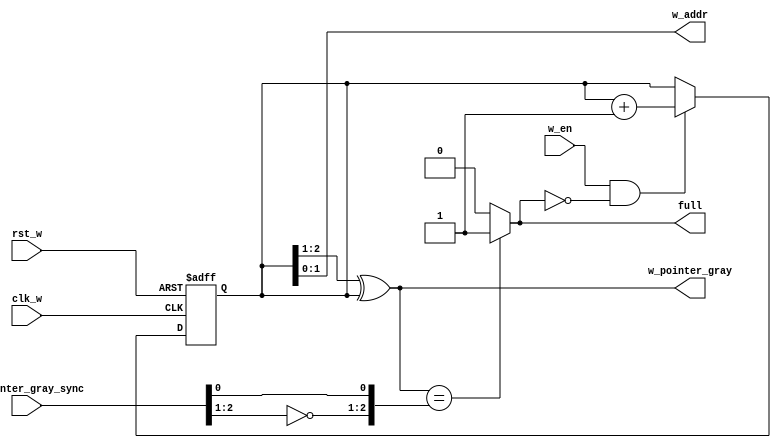
// -----------------------------------------------------------------------------
// Copyright (c) 2014-2022 All rights reserved
// -----------------------------------------------------------------------------
// Create : 2022-03-04 10:32:09
// Revise : 2022-03-04 15:25:14
// Editor : sublime text4, tab size (4)
// -----------------------------------------------------------------------------
module write_full #(
	//-----------------paramter-------------------------------
	parameter 			FIFO_addr_size 		=		2		

	)(
		//==================	port define ===========================

	input										clk_w					,
	input										rst_w					,
	input										w_en 					,
	
	input		[FIFO_addr_size:0]				r_pointer_gray_sync		,
	output										full 					,
	output	wire	[FIFO_addr_size-1:0]		w_addr					,
	output	wire	[FIFO_addr_size:0]			w_pointer_gray 					 

);


//========================reg wire =================================

	reg 		[FIFO_addr_size:0]		w_pointer_bin				;
	wire 		flag_wr												;


//===================Main  Code=====================================

//always block
always @(posedge clk_w or negedge rst_w) begin : proc_
	if(~rst_w) begin
		 		w_pointer_bin 		<= 		0				;
	end 
	else if (flag_wr)begin
				w_pointer_bin	 	<= 		w_pointer_bin + 1;
	end
	else begin
		 w_pointer_bin 				<= 			w_pointer_bin 	;
	end
end



//assign
assign		flag_wr				=		(w_en == 1) && (full == 0)			;

assign		w_pointer_gray		=		(w_pointer_bin >> 1)^w_pointer_bin	;
//gary		Gn-1 = 	Bn-1 Gi= Bi+1 ^ Bi

assign 		w_addr				=		w_pointer_bin[FIFO_addr_size-1:0]	;

assign		full 				=		(w_pointer_gray == {~r_pointer_gray_sync[FIFO_addr_size:FIFO_addr_size-1],r_pointer_gray_sync[FIFO_addr_size-2:0]} ) ? 1: 0	;

//  
endmodule